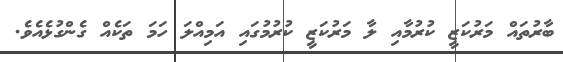
ބާރުތައް މަރުކަޒީ ކުރުމާއި ލާ މަރުކަޒީ ކުރުމުގައި އަމިއްލަ ހަމަ ތަކެއް ގެންގުޅެއެވެ.